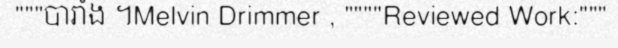
"""បារាំង ។Melvin Drimmer , """"Reviewed Work:"""